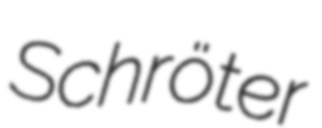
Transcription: Schröter